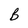
Character: B